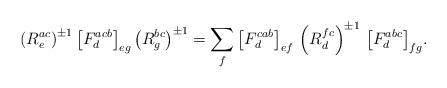
LaTeX: \begin{align*}\left(R^{ac}_e\right)^{\pm 1} \big[ F^{acb}_d \big]_{eg} \left(R^{bc}_g\right)^{\pm 1} = \sum_f \big[ F^{cab}_d \big]_{ef} \, \left(R^{fc}_d\right)^{\pm 1} \, \big[ F^{abc}_d \big]_{fg}.\end{align*}